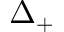
\Delta _ { + }